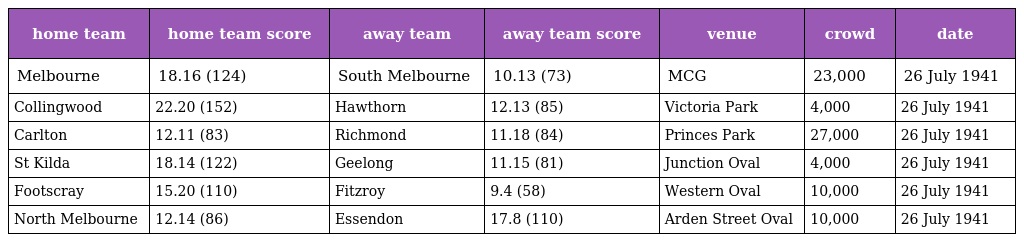
| home team | home team score | away team | away team score | venue | crowd | date |
 | --- | --- | --- | --- | --- | --- | --- |
 | Melbourne | 18.16 (124) | South Melbourne | 10.13 (73) | MCG | 23,000 | 26 July 1941 |
 | Collingwood | 22.20 (152) | Hawthorn | 12.13 (85) | Victoria Park | 4,000 | 26 July 1941 |
 | Carlton | 12.11 (83) | Richmond | 11.18 (84) | Princes Park | 27,000 | 26 July 1941 |
 | St Kilda | 18.14 (122) | Geelong | 11.15 (81) | Junction Oval | 4,000 | 26 July 1941 |
 | Footscray | 15.20 (110) | Fitzroy | 9.4 (58) | Western Oval | 10,000 | 26 July 1941 |
 | North Melbourne | 12.14 (86) | Essendon | 17.8 (110) | Arden Street Oval | 10,000 | 26 July 1941 |